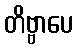
တိဗ္ဗာပေ